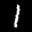
Label: 1